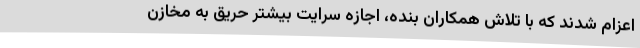
اعزام شدند که با تلاش همکاران بنده، اجازه سرایت بیشتر حریق به مخازن